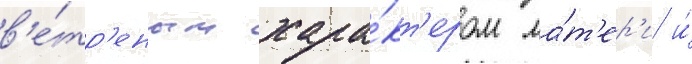
в'е́тр'еным хара́кт'ером ма́т'ер'и и́